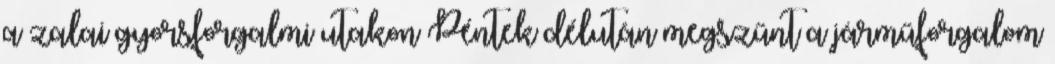
a zalai gyorsforgalmi utakon Péntek délután megszűnt a járműforgalom